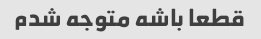
قطعا باشه متوجه شدم